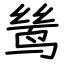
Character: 鸶